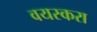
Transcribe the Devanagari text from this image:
वयस्करा